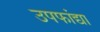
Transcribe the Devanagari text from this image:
उपफांद्या